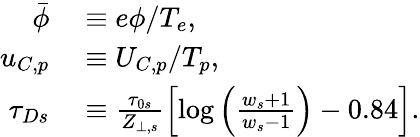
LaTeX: \begin{array}{rl}{\bar{\phi}}&{{}\equiv e\phi/T_{e},}\\ {u_{C,p}}&{{}\equiv U_{C,p}/T_{p},}\\ {\tau_{Ds}}&{{}\equiv\frac{\tau_{0s}}{Z_{\perp,s}}\left[\log\left(\frac{w_{s}+1}{w_{s}-1}\right)-0.84\right].}\end{array}